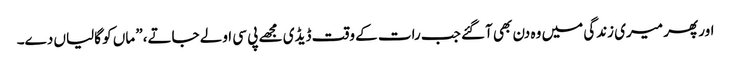
اور پھر میری زندگی میں وہ دن بھی آگئے جب رات کے وقت ڈیڈی مجھے پی سی اولے جاتے،” ماں کو گالیاں دے۔